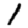
Digit: 1